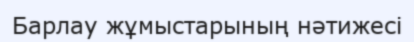
Барлау жұмыстарының нәтижесі